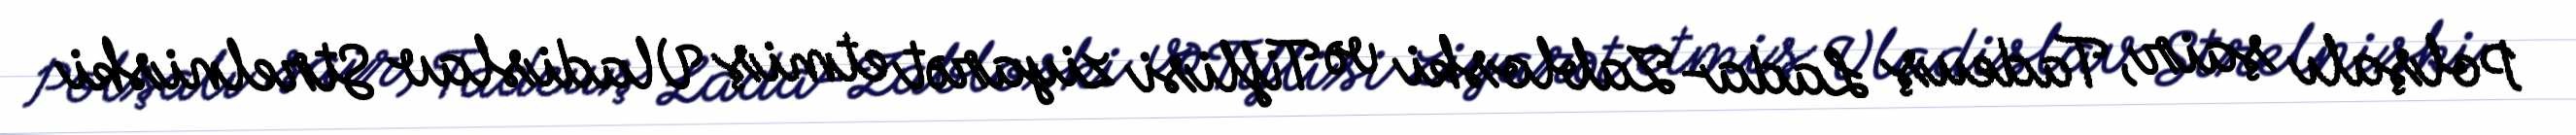
Polşalı şair, Tadeuş Lada-Zabloski və Tiflisi ziyarət etmiş Vladislav Strelniski